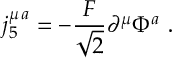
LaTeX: j _ { 5 } ^ { \mu \, a } = - \frac { F } { \sqrt { 2 } } \partial ^ { \mu } \Phi ^ { a } \ .